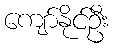
ကျော်နိုင်ဦး